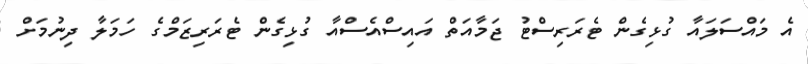
އެ މައްސަލައާ ގުޅިގެން ޓެރަރިސްޓު ޖަމާއަތް އައިސްއެސްއާ ގުޅިގެން ޓެރަރިޒަމްގެ ހަމަލާ ދިނުމަށް